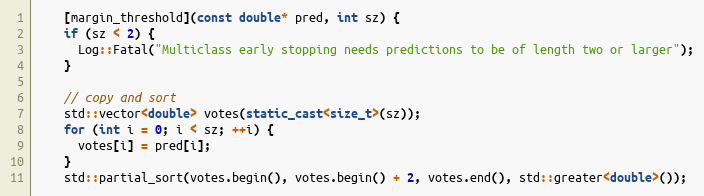
Language: C++
    [margin_threshold](const double* pred, int sz) {
    if (sz < 2) {
      Log::Fatal("Multiclass early stopping needs predictions to be of length two or larger");
    }

    // copy and sort
    std::vector<double> votes(static_cast<size_t>(sz));
    for (int i = 0; i < sz; ++i) {
      votes[i] = pred[i];
    }
    std::partial_sort(votes.begin(), votes.begin() + 2, votes.end(), std::greater<double>());